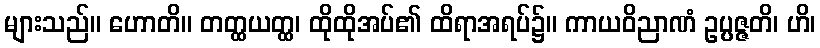
များသည်။ ဟောတိ။ တတ္ထယတ္ထ၊ ထိုထိုအပ်၏ ထိရာအရပ်၌။ ကာယဝိညာဏံ ဥပ္ပဇ္ဇတိ၊ ဟိ၊